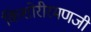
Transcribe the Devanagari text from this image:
किशोरीरमणजी